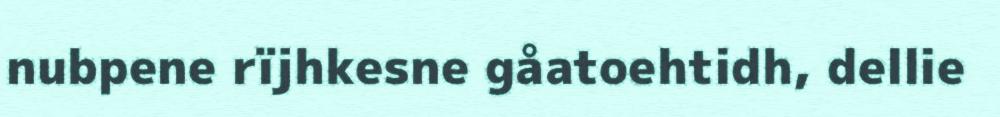
nubpene rïjhkesne gåatoehtidh, dellie